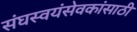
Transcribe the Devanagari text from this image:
संघस्वयंसेवकांसाठी